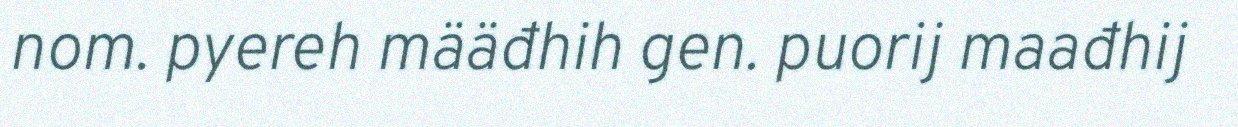
nom. pyereh määđhih gen. puorij maađhij